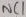
Text: NC1